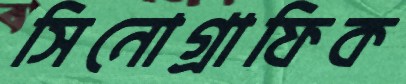
সিনোগ্রাফিক